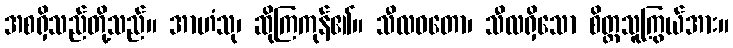
အစရှိသည်တို့သည်။ အာဟံသု၊ ဆိုကြကုန်၏။ သီလဝတော၊ သီလရှိသော စိတ္တသူကြွယ်အား။